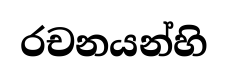
රචනයන්හි